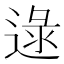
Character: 逯